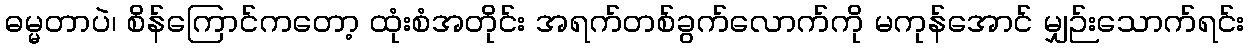
ဓမ္မတာပဲ၊ စိန်ကြောင်ကတော့ ထုံးစံအတိုင်း အရက်တစ်ခွက်လောက်ကို မကုန်အောင် မျှဉ်းသောက်ရင်း